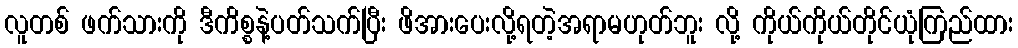
လူတစ် ဖက်သားကို ဒီကိစ္စနဲ့ပတ်သက်ပြီး ဖိအားပေးလို့ရတဲ့အရာမဟုတ်ဘူး လို့ ကိုယ်ကိုယ်တိုင်ယုံကြည်ထား